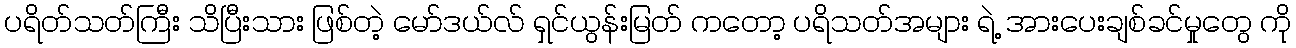
ပရိတ်သတ်ကြီး သိပြီးသား ဖြစ်တဲ့ မော်ဒယ်လ် ရှင်ယွန်းမြတ် ကတော့ ပရိသတ်အများ ရဲ့ အားပေးချစ်ခင်မှုတွေ ကို